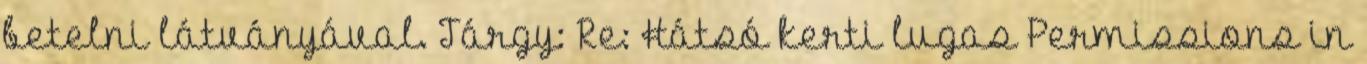
betelni látványával. Tárgy: Re: Hátsó kerti lugas Permissions in